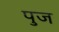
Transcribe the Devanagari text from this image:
पुज